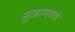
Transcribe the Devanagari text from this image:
सुजाणपणे